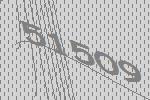
51509